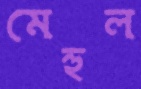
মেহুল